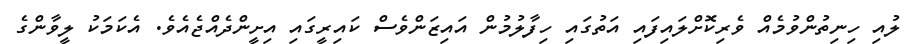
ލުއި ހިނިތުންވުމެއް ވެރިކޮށްލައިފައި އަތުގައި ހިފާލުމުން އައިޒަންވެސް ކައިރީގައި އިށީންދެއްޖެއެވެ. އެކަމަކު ލީވާންގެ